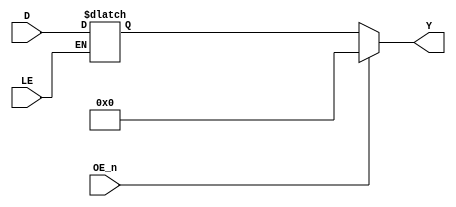
// This program was cloned from: https://github.com/RonnyA/nd-120
// License: MIT License

// AM29841
// Bus Driver 10 bit (D-Latch) with 3-state output
// Documentation: https://www.alldatasheet.com/datasheet-pdf/pdf/107079/AMD/AM29841.html

module AM29841 (
    input wire [9:0] D,   // 10 Bit Data inputs
    input wire LE,         // Latch Enable
    input wire OE_n,      // Output Enable
    output wire [9:0] Y   // Outputs
);

    reg [9:0] Q_Latch;  // Internal latch

    // Latch the data as long as LE is high
    always @(*) begin
        if (LE) begin
            Q_Latch = D; // Transparent mode: Internal latch follows input   
        end
    end

    // Output control
    // When OC_n is low (active), outputs reflect the latched data
    // When OC_n is high, outputs are in high-impedance state (zero output = high-impedance state, will be "or'ed" on higher level module)
    assign Y = OE_n ?  10'b0 : Q_Latch;

endmodule